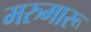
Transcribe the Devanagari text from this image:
मरुमारू